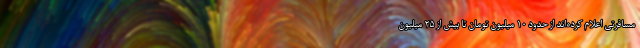
مسافرتی اعلام کرده‌اند از حدود ۱۰ میلیون تومان تا بیش از ۲۵ میلیون